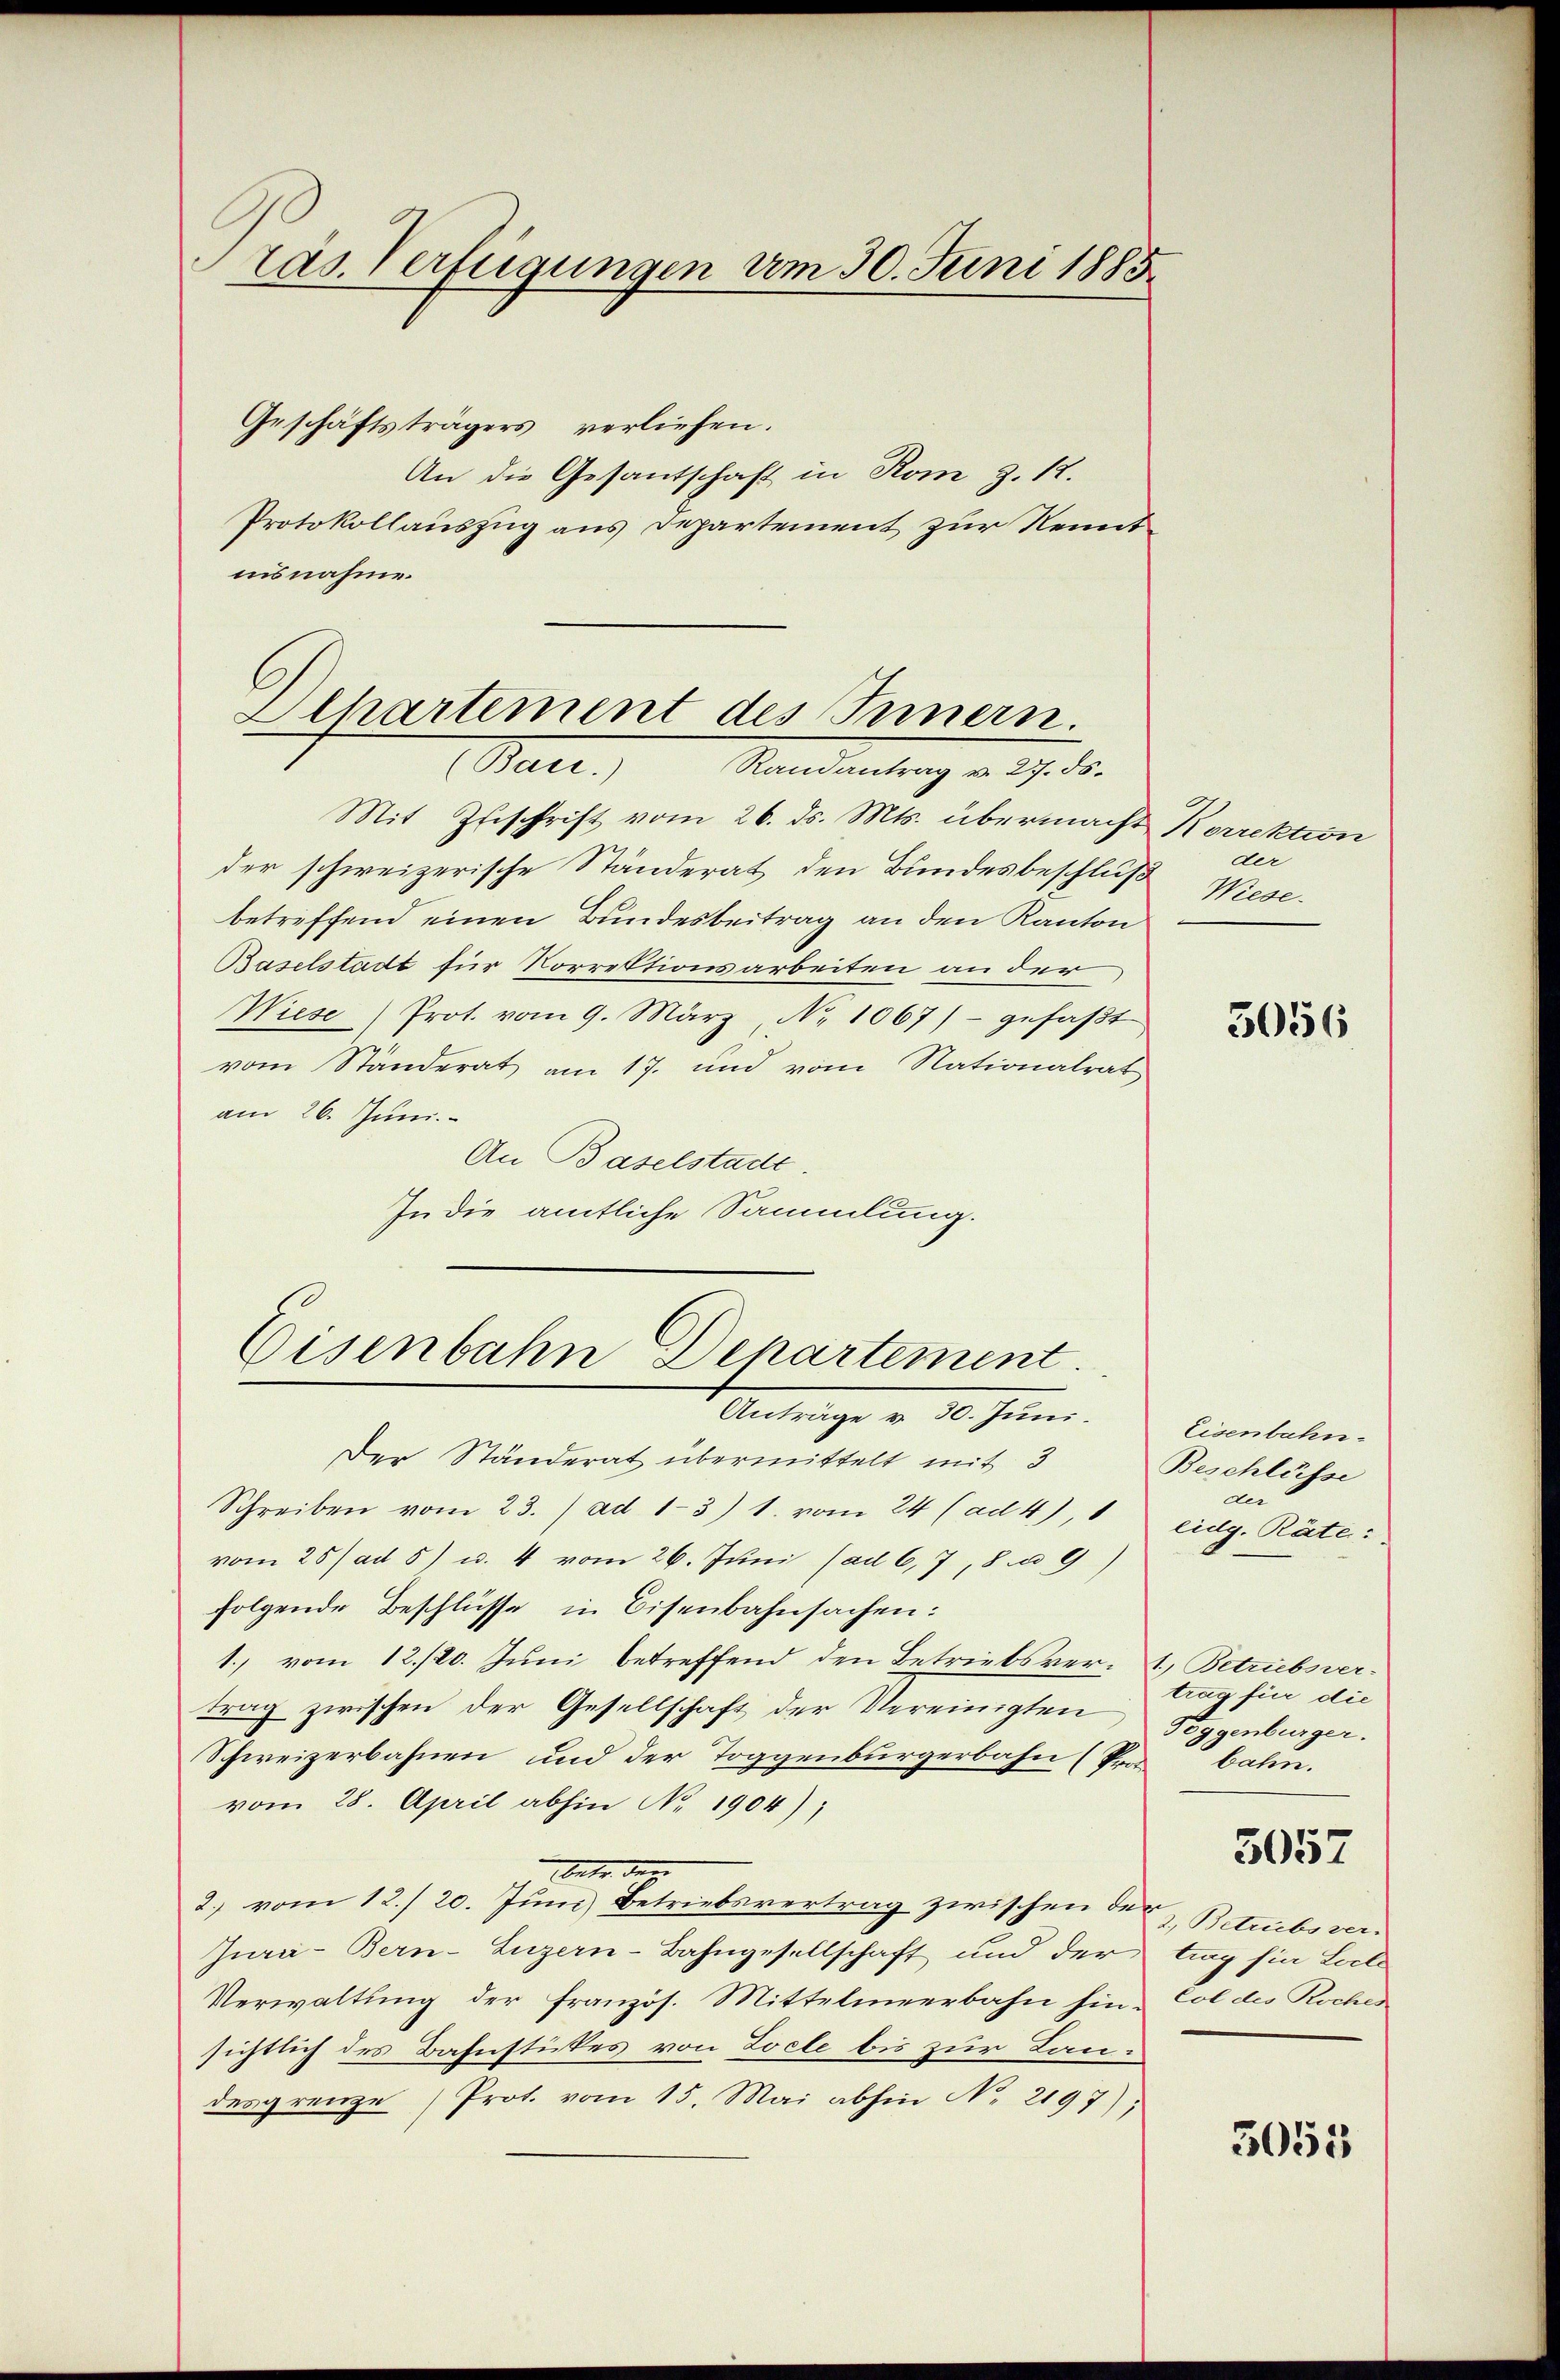
ras. Verfügungen am 30. Juni 1885

Geschäftsträgers verliehen.
An die Gesantschaft in Rom Z. 17.
Protokollauszug aus Departement zur Kenntnisnahme.

Alhartement des Innern.
Bani.)
Randantrag v. 27. 56.

Mit Zuschrift vom 26. ds. Mts. übermacht Korrektion
der schweizerische Ständerat den Bundesbeschluß Wiesebetreffend einen Bundesbeitrag an den Kanton
Baselstadt für Vorrektionsarbeiten an der
Wiese Prot. vom 9. März, No 1067) - gefaβt
vom Ständerat am 17. und vom Nationalrat
am 26. Juni.
An Baselstadt.
In die amtliche Sammlung.

Eisenbahn Departement.

Anträge v. 30. Juni.
Der Ständerat übermittelt mit 3
Schreiben vom 23. / ad 1-3) 1. vom 24 (ad 4), 1 Eidg. Räte:
vom 25/ ad 5) u. 4 vom 26. Juni (ad 6, 7, 8. 9)
folgende Beschlüsse in Eisenbahnsachen:
1. vom 12./20. Juni betreffend den Betriebsver- 1) Betriebsvertrag zwischen der Gesellschaft der Vereinigten
Schweizerbahnen und der Toggenburgerbahn (Provom 28. April abhin No 1904);
betr. der
2. vom 12./ 20. Juni, Betriebsvertrag zwischen der
Jura-Bern-Luzern-Bahngesellschaft und der trag sie Locte
Verwaltung der französ. Mittelmeerbahn hin - Col des Roches
sichtlich des Bahnstückes von Zoele bis zur Landesgrenze (Prot. vom 15. Mai abhin No 2197);

der

3056

Eisenbahn
Beschlüsse
der

trag für die
Poggenburger.
bahn.
5057
2.) Betrubs ver-

3055